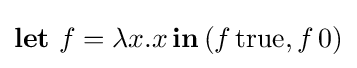
{\textbf {let}}\ f=\lambda x.x\,{\textbf {in}}\,(f\,{\textrm {true}},f\,{\textrm {0}})